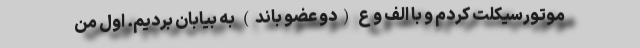
موتورسیکلت کردم و با الف و ع (دو عضو باند) به بیابان بردیم. اول من